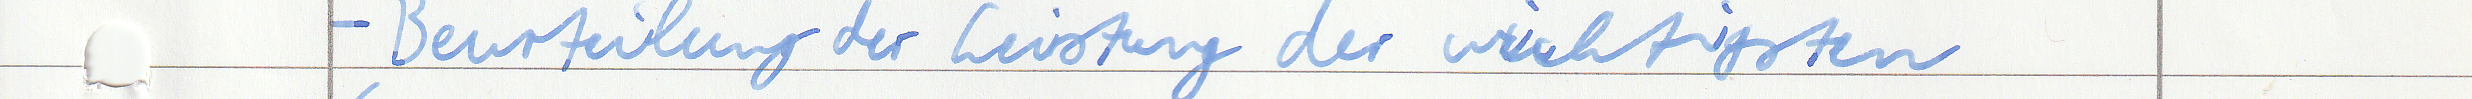
- Beurteilung der Leistung der wichtigsten